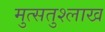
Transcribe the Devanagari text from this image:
मुत्सतुश्लाख